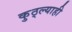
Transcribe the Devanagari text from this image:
कुठ्ल्याही